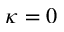
\kappa = 0